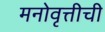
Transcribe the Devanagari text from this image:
मनोवृत्तीची